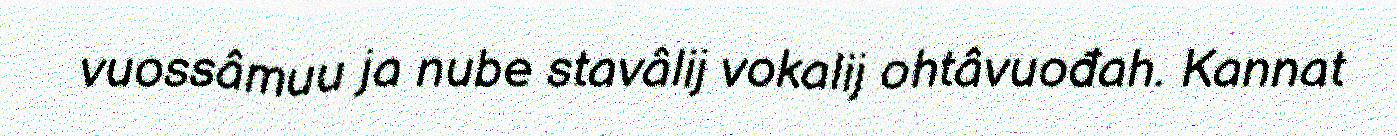
vuossâmuu ja nube stavâlij vokalij ohtâvuođah. Kannat